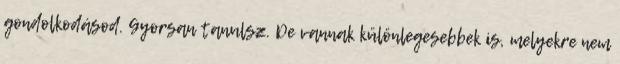
gondolkodásod. Gyorsan tanulsz. De vannak különlegesebbek is, melyekre nem